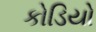
કોડિયો